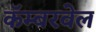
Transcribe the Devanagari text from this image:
कॅम्बरवेल